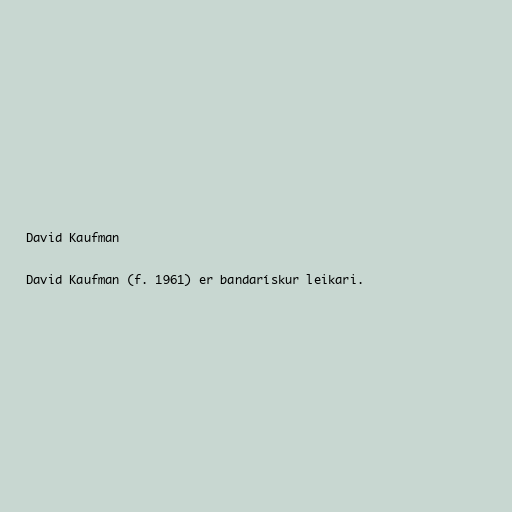
David Kaufman

David Kaufman (f. 1961) er bandarískur leikari.